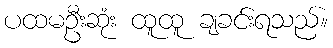
ပထမဦးဆုံး ထူထူ ချခင်းရသည်။